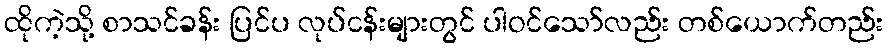
ထိုကဲ့သို့ စာသင်ခန်း ပြင်ပ လုပ်ငန်းများတွင် ပါဝင်သော်လည်း တစ်ယောက်တည်း